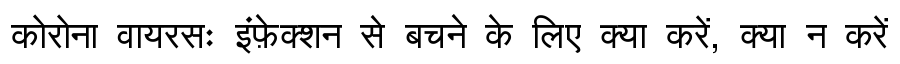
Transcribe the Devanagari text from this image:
कोरोना वायरसः इंफ़ेक्शन से बचने के लिए क्या करें, क्या न करें